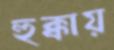
হুক্কায়